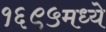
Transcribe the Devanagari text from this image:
१६९५मध्ये